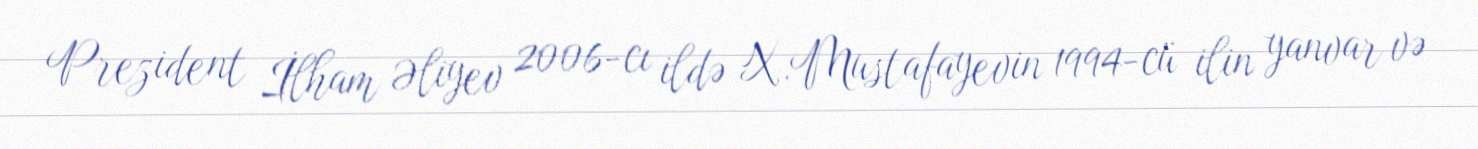
Prezident İlham Əliyev 2006-cı ildə X.Mustafayevin 1994-cü ilin yanvar və